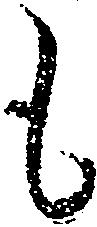
も